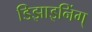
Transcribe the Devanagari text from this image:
डिझाइनिंग्